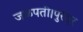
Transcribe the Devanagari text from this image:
जळपती।पुरंदर